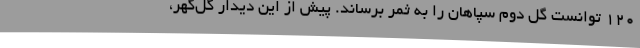
۱۲۰ توانست گل دوم سپاهان را به ثمر برساند. پیش از این دیدار گل‌گهر،